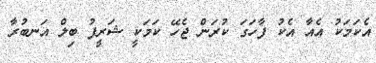
އެކަމަކު އެއާ އެކު ފާހަގަ ކުރަން ޖެހޭ ކަމަކީ ޝަރީފު ބިލް އަނބުރާ